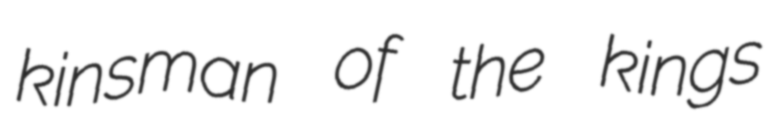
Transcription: kinsman of the kings